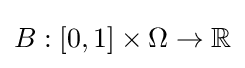
B:[0,1]\times \Omega \to \mathbb {R}